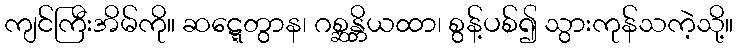
ကျင်ကြီးအိမ်ကို။ ဆဋ္ဋေတွာန၊ ဂစ္ဆန္တိယထာ၊ စွန့်ပစ်၍ သွားကုန်သကဲ့သို့။